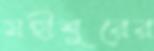
মহীশুরের